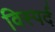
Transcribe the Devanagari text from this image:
विस्पर्द